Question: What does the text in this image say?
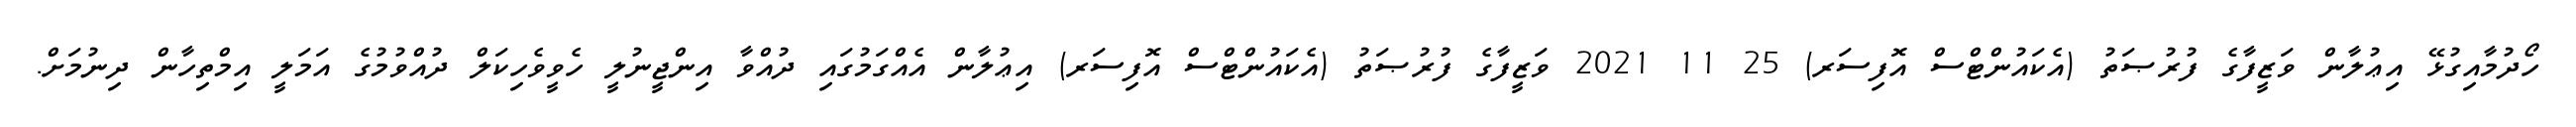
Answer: ހޯދުމާއިގުޅޭ އިޢުލާން ވަޒީފާގެ ފުރުޞަތު (އެކައުންޓްސް އޮފިސަރ) 25 11 2021 ވަޒީފާގެ ފުރުޞަތު (އެކައުންޓްސް އޮފިސަރ) އިޢުލާން އެއްގަމުގައި ދުއްވާ އިންޖީނުލީ ހެވީވެހިކަލް ދުއްވުމުގެ އަމަލީ އިމްތިހާން ދިނުމަށް.